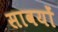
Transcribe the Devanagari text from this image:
सावयों